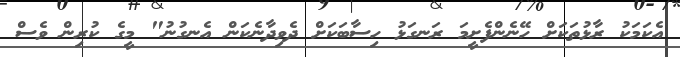
އެކަމަކު ރާޅުތަކަށް ހޭނެންފެށީމަ ރަނގަޅު ހިސާބަކަށް ދެވިދާނެކަން އެނގުނު" މީގެ ކުރިން ވެސް